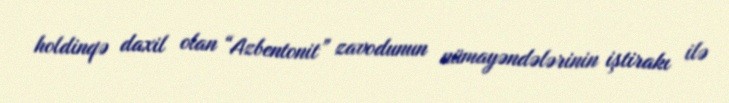
holdinqə daxil olan “Azbentonit” zavodunun nümayəndələrinin iştirakı ilə